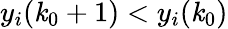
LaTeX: y_{i}(\mathit{k}_{0}+1)<y_{i}(\mathit{k}_{0})